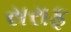
સરાફ